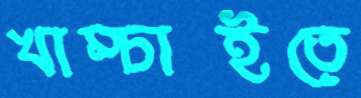
খাম্‌চাইতে